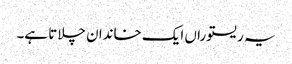
یہ ریستوراں ایک خاندان چلاتا ہے۔